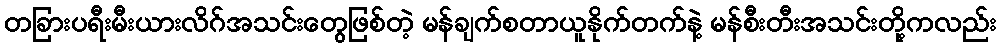
တခြားပရီးမီးယားလိဂ်အသင်းတွေဖြစ်တဲ့ မန်ချက်စတာယူနိုက်တက်နဲ့ မန်စီးတီးအသင်းတို့ကလည်း